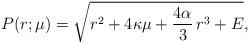
LaTeX: \begin{align*}P(r;\mu) = \sqrt{r^2 + 4 \kappa \mu + \frac{4 \alpha}{3} \,r^3 + E},\end{align*}